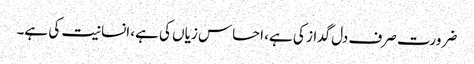
ضرورت صرف دل گداز کی ہے، احساس زیاں کی ہے، انسانیت کی ہے۔